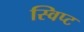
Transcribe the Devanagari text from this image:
स्विप्ट